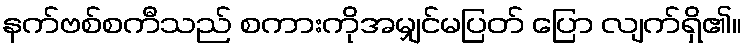
နက်ဗစ်စကီသည် စကားကိုအမျှင်မပြတ် ပြော လျက်ရှိ၏။